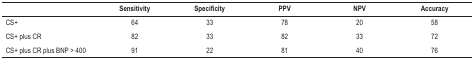
<table><thead><tr><td><b> </b></td><td><b>Sensitivity</b></td><td><b>Specificity</b></td><td><b>PPV</b></td><td><b>NPV</b></td><td><b>Accuracy</b></td></tr></thead><tbody><tr><td>CS+</td><td>64</td><td>33</td><td>78</td><td>20</td><td>58</td></tr><tr><td>CS+ plus CR</td><td>82</td><td>33</td><td>82</td><td>33</td><td>72</td></tr><tr><td>CS+ plus CR plus BNP &gt; 400</td><td>91</td><td>22</td><td>81</td><td>40</td><td>76</td></tr></tbody></table>